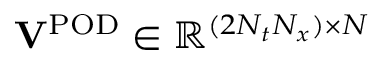
\mathbf { V } ^ { \mathrm { P O D } } \in \mathbb { R } ^ { ( 2 N _ { t } N _ { x } ) \times N }